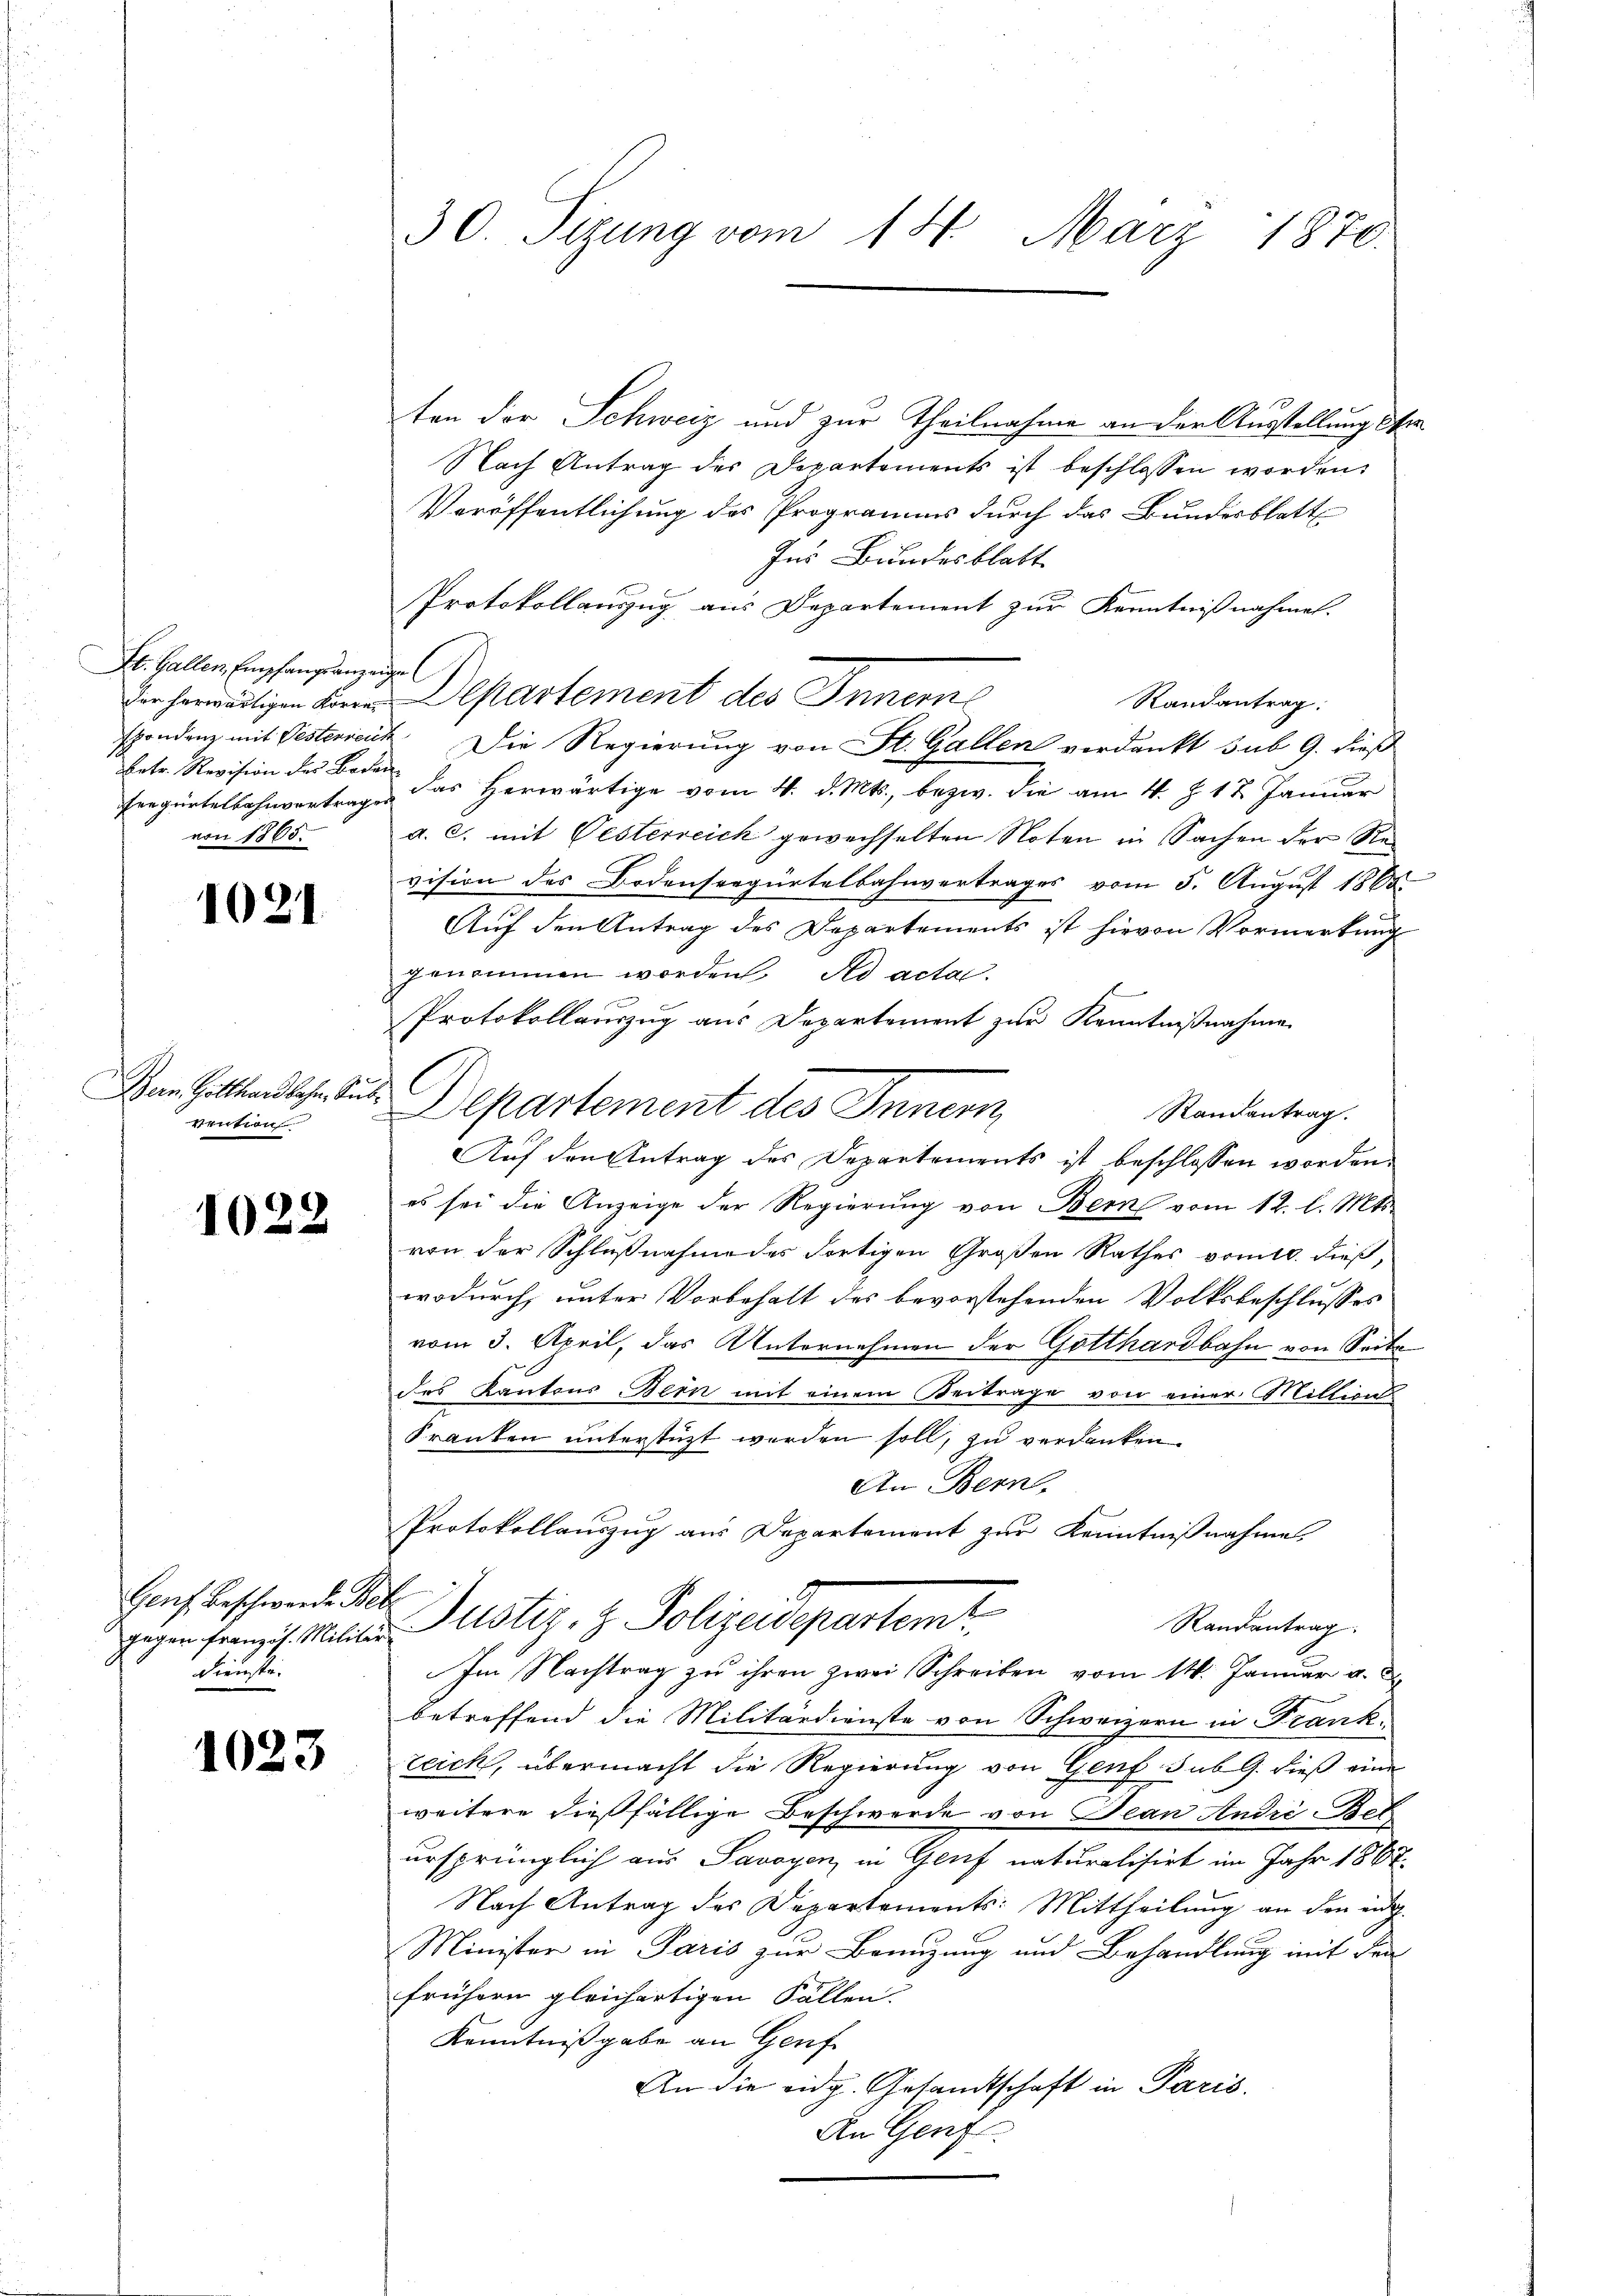
Et. Gallen Empfangsanzeige
betr. Revision des Boden
von 1865.

1021.

ern. Gotthardbahn, Subvention

1022

Genf. Beschwerde Betr
Feriefe.

1023

ten der Schweiz und zur Theilnahme an der Ausstellung der
Nach Antrag des Departements ist beschlossen worden.
Veröffentlichung des Programms durch das Bundesblatt
Ins Bundesblatt
Protokollauszug aus Departement zur Kenntnißnahmen.
er herwärtigen Herrn Departement des Innern
Randantrag:
spondenz mit Oestenseit Die Regierung von St. Gallen verdankt sub 9. dieß
Frrgürtelbahnvertrag das herwärtige vom 4. d. Mts., bezw. die am 4. J. 17. Januar
a. c. mit Oesterreich gewechselten Noten in Sachen der Revision des Bodensregürtelbahnvertrages vom 5. August 1865
Auf den Antrag des Departements ist hievon Vormerkung
genommen worden. Ad acta.
Protokollauszug aus Departement zur Kenntnißnahme
Departement des Innern,
Randantrag.
Auf den Antrag des Departements ist beschlossen worden.
es sei die Anzeige der Regierung von Bern vom 12. l. Mts.
von der Schlußnahme des Fortigen Großen Rathes vom 10. dieß,
wodurch, unter Vorbehalt des bevorstehenden Volksbeschlusses
vom 3. April, das Unternehmen der Gotthardbahn von Seite
des Kantons Bern mit einem Beitrage von einer Million
Franken unterstüzt werden soll, zu verdanken
An Bern.
Protokollauszug aus Departement zur Kenntnißnahme,
Randantrag
gegen Franz ist. Militer Justiz- & Polizeidepartem
Im Nachtrag zu ihren zwei Schreiben vom 14. Januar u. d
betreffend die Militärdienste von Schweizern in Frank.
zeich, übermacht die Regierung von Genf sub. G. dieß eine
weitere dießfällige Beschwerde von Jean Andri-Bet
ursprünglich aus Savoyen in Genf naturalisirt im Jahr 1867.
Nach Antrag des Departements: Mittheilung an den an¬
Minister in Paris zur Beenzung und Behandlung mit den
frühern gleichartigen Fällen.
Kenntnißgabe an Genf
An die eidg. Gesandtschaft in Paris.
An Genf

30. Sizung vom 14. März 1870.